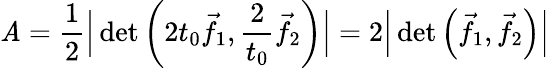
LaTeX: \mathit{A}={\frac{{1}}{{2}}}{\Big|}\operatorname*{det}\left(2t_{0}{\vec{{f}}}_{1},{\frac{{2}}{{t_{0}}}}{\vec{{f}}}_{2}\right){\Big|}=2{\Big|}\operatorname*{det}\left({\vec{{f}}}_{1},{\vec{{f}}}_{2}\right){\Big|}